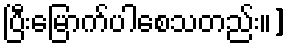
ပြီးမြောက်ပါစေသတည်း။]